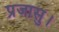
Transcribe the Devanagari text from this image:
प्रजासु।